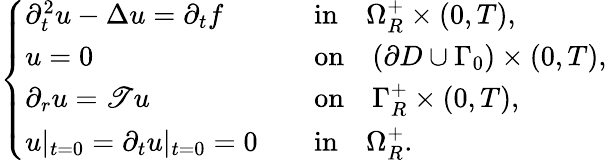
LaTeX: \begin{array}{r}{\left\{ \begin{array}{lll}{\partial_{t}^{2}u-\Delta u=\partial_{t}f}&&{\mathrm{in}\quad\Omega_{R}^{+}\times(0,T),}\\ {u=0\quad}&&{\mathrm{on}\quad(\partial D\cup\Gamma_{0})\times(0,T),}\\ {\partial_{r}u=\mathscr{T}u\quad}&&{\mathrm{on}\quad\Gamma_{R}^{+}\times(0,T),}\\ {u|_{t=0}=\partial_{t}u|_{t=0}=0}&&{\mathrm{in}\quad\Omega_{R}^{+}.}\end{array}\right.}\end{array}